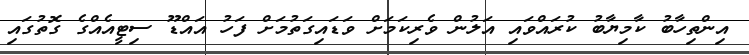
އިންތިހާބު ކާމިޔާބު ކުރައްވައި އަލުން ވެރިކަމަށް ވަޑައިގަތުމަށް ފަހު އައްޑޫ ސިޓީއެއްގެ ގޮތުގައި